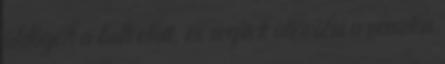
üldögélt a bolt előtt, és segített áttörölni a pasztás